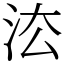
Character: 㳒